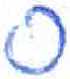
אות: ס